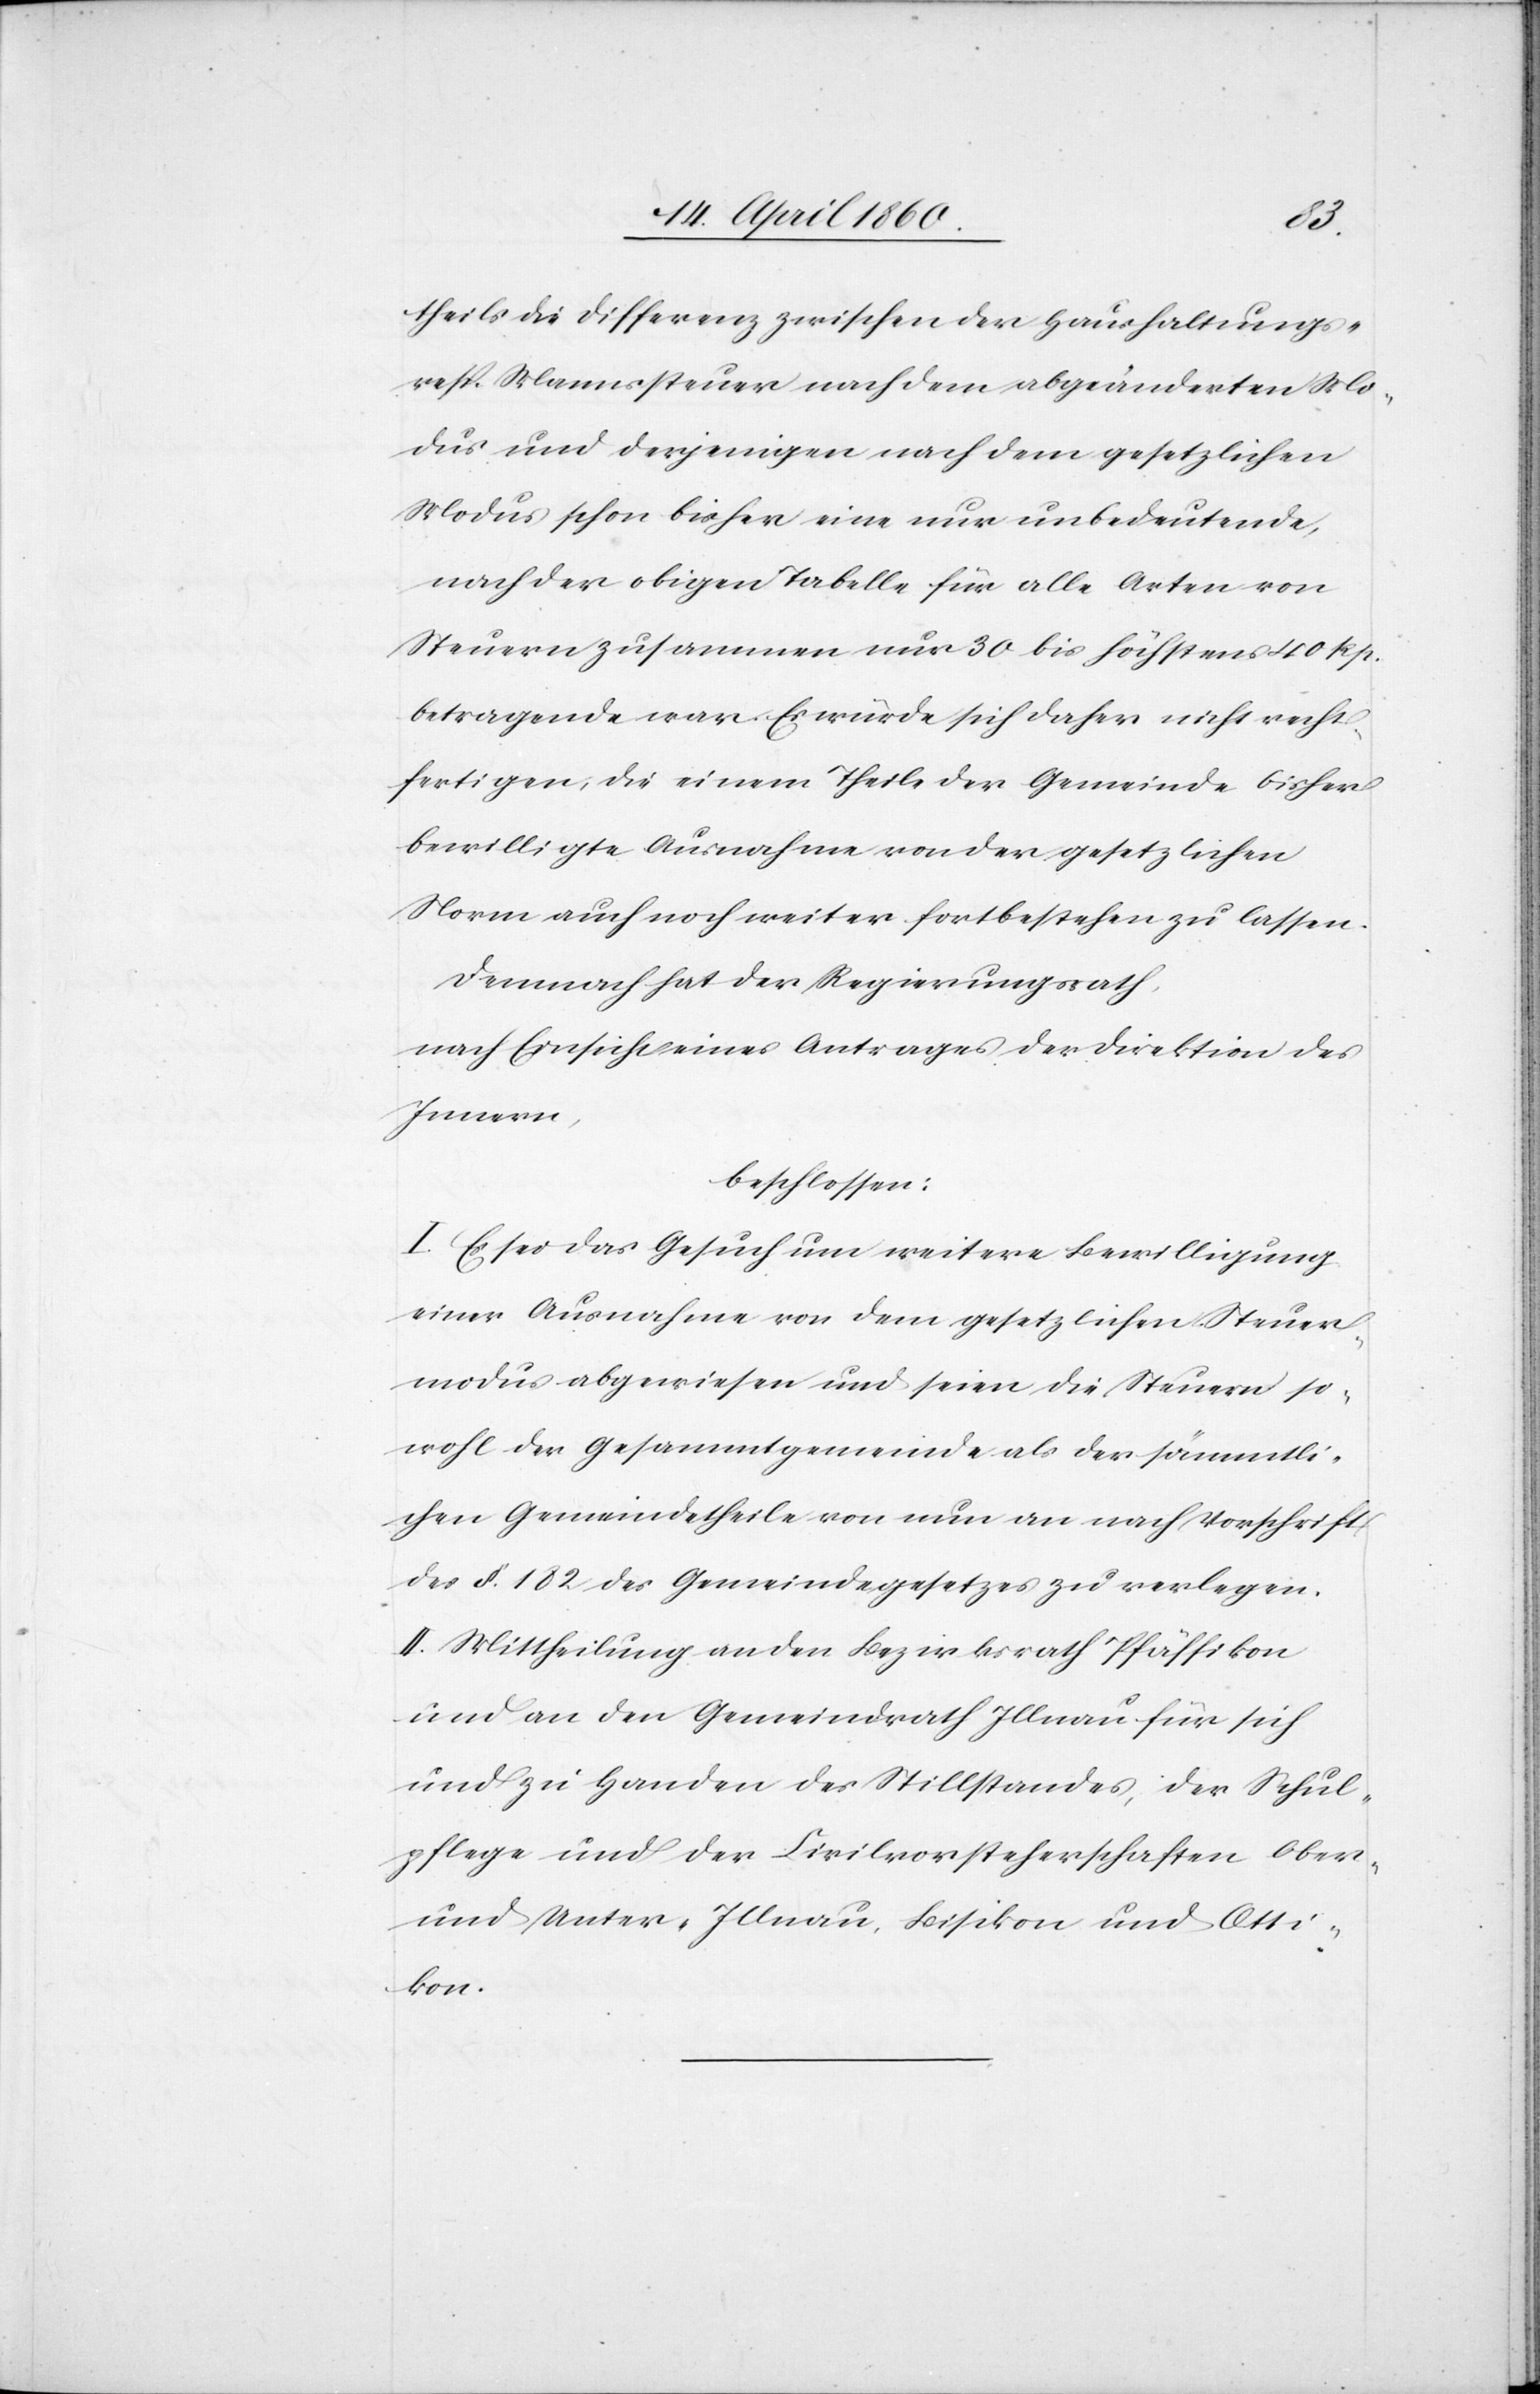
theils die Differenz zwischen der Haushaltungs-
resp. Mannssteuer nach dem abgeänderten Mo¬
dus und derjenigen nach dem gesetzlichen
Modus schon bisher eine nur unbedeutende,
nach der obigen Tabelle für alle Arten von
Steuern zusammen nur 30 bis höchstens 40 Rp.
betragende war. Es würde sich daher nicht recht¬
fertigen, die einem Theile der Gemeinde bisher
bewilligte Ausnahme von der gesetzlichen
Norm auch noch wieder fortbestehen zu lassen.
Demnach hat der Regierungsrath,
nach Einsicht eines Antrages der Direktion des
innern,
beschlossen:
I. Es sei das Gesuch um weitere Bewilligung
einer Ausnahme von dem gesetzlichen Steuer¬
modus abgewiesen und seien die Steuern so¬
wohl der Gesammtgemeinde als der sämmtli¬
chen Gemeindetheile von nun an nach Vorschrift
des §. 182 des Gemeindegesetzes zu verlegen.
II. Mittheilung an den Bezirksrath Pfäffikon
und an den Gemeindrath Illnau für sich
und zu Handen des Stillstandes, der Schul¬
pflege und der Civilvorsteherschaften Ober-
und Unter-Illnau, Bisikon und Otti¬
kon.